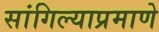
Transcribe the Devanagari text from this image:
सांगिल्याप्रमाणे